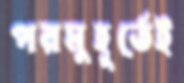
পরমুহূর্তেই